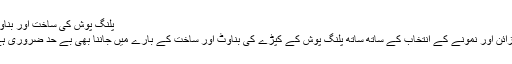
پلنگ پوش کی ساخت اور بناوٹ
ڈیزائن اور نمونے کے انتخاب کے ساتھ ساتھ پلنگ پوش کے کپڑے کی بناوٹ اور ساخت کے بارے میں جاننا بھی بے حد ضروری ہے۔